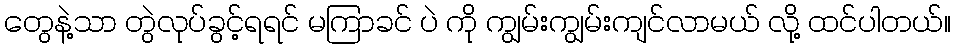
တွေနဲ့သာ တွဲလုပ်ခွင့်ရရင် မကြာခင် ပဲ ကို ကျွမ်းကျွမ်းကျင်လာမယ် လို့ ထင်ပါတယ်။